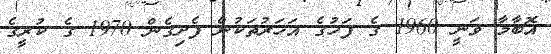
އޮބާމާ ވަނީ 1960 ގެ ފަހުގެ އަހަރުތަކުން ފެށިގެން 1970 ގެ ކުރީގެ